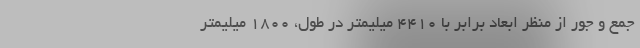
جمع و جور از منظر ابعاد برابر با 4410 میلیمتر در طول، 1800 میلیمتر